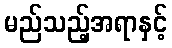
မည်သည့်အရာနှင့်